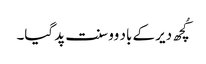
کُچھ دیر کے باد وو سنت پد گیا۔